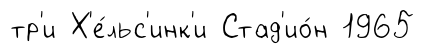
тр'и Х'е́льс'инк'и Стад'ио́н 1965